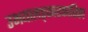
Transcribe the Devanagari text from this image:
उभयालङ्कारकारिका